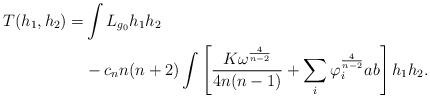
LaTeX: \begin{align*}T(h_{1},h_{2})= &\int L_{g_{0}}h_{1}h_{2} \\& -c_{n}n(n+2)\int \left[\frac{K\omega ^{\frac{4}{n-2}}}{4n(n-1)}+\sum_{i}\varphi_{i}^{\frac{4}{n-2}}ab\right]h_{1}h_{2}.\end{align*}